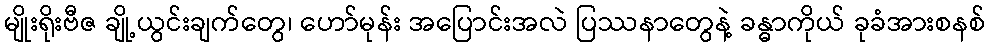
မျိုးရိုးဗီဇ ချို့ယွင်းချက်တွေ၊ ဟော်မုန်း အပြောင်းအလဲ ပြဿနာတွေနဲ့ ခန္ဓာကိုယ် ခုခံအားစနစ်